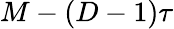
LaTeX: M-(D-1)\tau